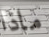
ماذا